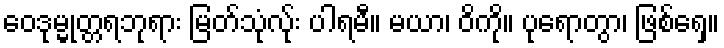
ဝေဒုမ္မုတ္တရဘုရား မြတ်သုံလ်ုး ပါရမီ။ မယာ၊ ဝိကို။ ပုရောတွာ၊ ဖြစ်ရှေ။